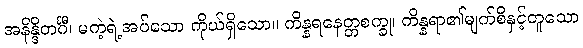
အနိန္ဒိတင်္ဂီ၊ မကဲ့ရဲ့အပ်သော ကိုယ်ရှိသော။ ကိန္နရနေတ္တစက္ခု၊ ကိန္နရာ၏မျက်စိနှင့်တူသော